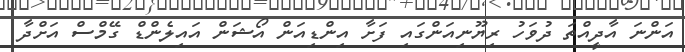
އަންނަ އާދީއްތަ ދުވަހު ރިޔޫނިއަންގައި ފަށާ އިންޑިއަން އޯޝަން އައިލެންޑް ގޭމްސް އަށްދާ